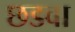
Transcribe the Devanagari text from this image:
छडवा